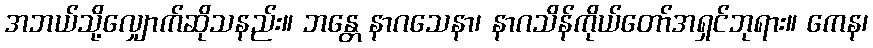
အဘယ်သို့လျှောက်ဆိုသနည်း။ ဘန္တေ နာဂသေနာ၊ နာဂသိန်ကိုယ်တော်အရှင်ဘုရား။ ကေန၊